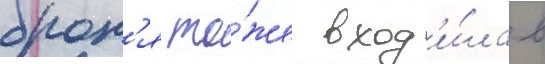
брон'я то́же вход'и́ла в